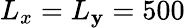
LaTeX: L_{x}=L_{\mathbf{y}}=500